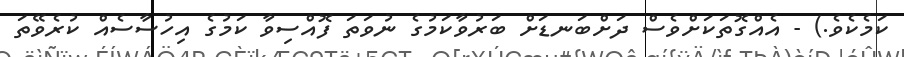
ކަމެކެވެ.) - އެއްގޮތަކަށްވެސް ދަށްބަނޑަށް ބަރުވާކަމުގެ ނުވަތަ ފޮއްސިވާ ކަމުގެ އިހުސާސެއް ކުރެވޭތަ